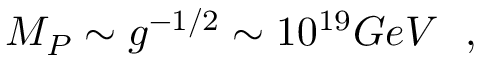
M _ { P } \sim g ^ { - 1 / 2 } \sim 1 0 ^ { 1 9 } G e V ~ ~ ,